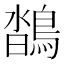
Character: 𪂌